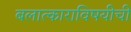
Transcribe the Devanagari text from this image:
बलात्काराविषयीची